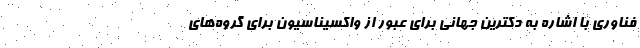
فناوری با اشاره به دکترین جهانی برای عبور از واکسیناسیون برای گروه‌های